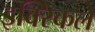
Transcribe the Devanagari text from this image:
इक्स्किले